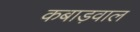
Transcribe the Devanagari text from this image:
कबाड़वाल